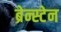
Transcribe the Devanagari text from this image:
ब्रेन्स्टेन